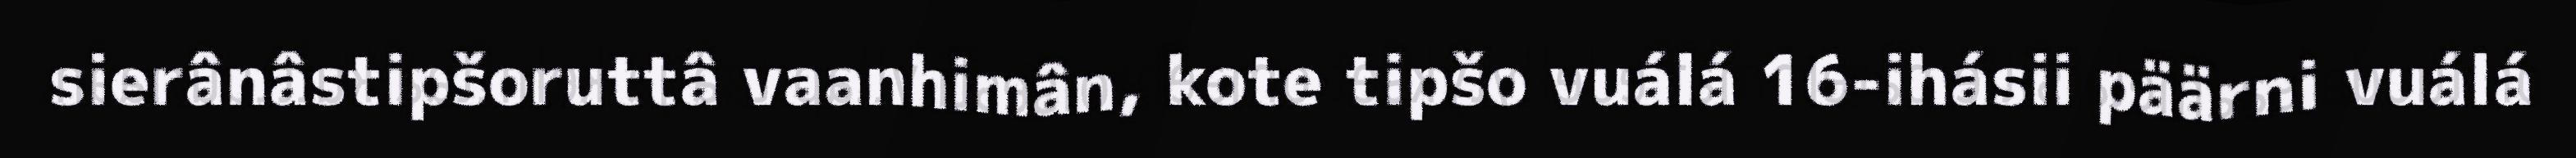
sierânâstipšoruttâ vaanhimân, kote tipšo vuálá 16-ihásii päärni vuálá